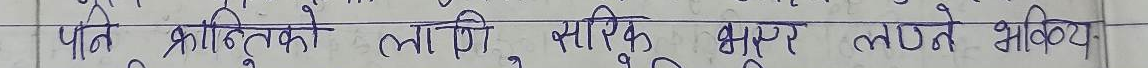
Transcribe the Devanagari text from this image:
पति प्रागतिको लागी स्पसिक भार लाटने भविष्य